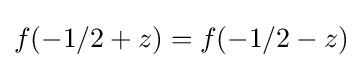
f(-1/2+z)=f(-1/2-z)